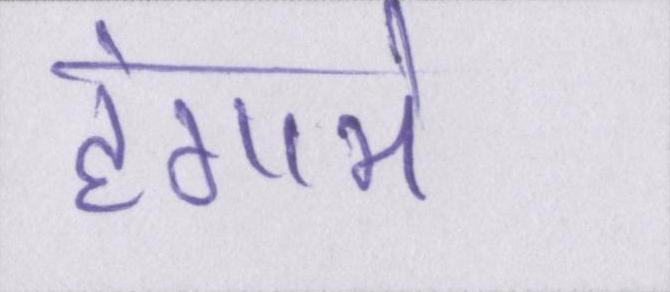
हंगामे